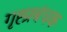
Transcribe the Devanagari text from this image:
गृह्प्रबंधक